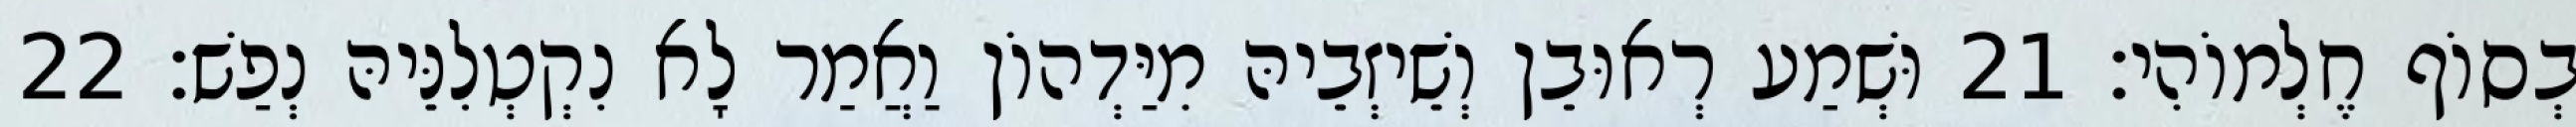
בְסוֹף חֶלְמוֹהִי׃ 21 וּשְׁמַע רְאוּבֵן וְשֵׁיזְבֵיהּ מִיַּדְהוֹן וַאֲמַר לָא נִקְטְלִנֵּיהּ נְפַשׁ׃ 22